Vaccination Hyderabad 1890-1903 - 1890-1903
Year: 1890
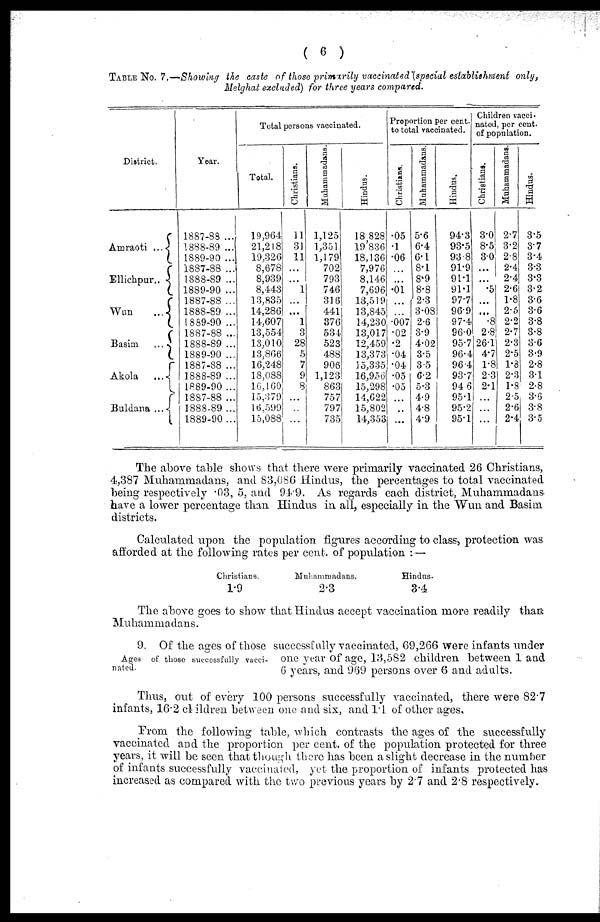
( 6 )
TABLE No. 7.—Showing the caste of those primarily vaccinated (special establishment only,
Melghat excluded) for three years compared.
District.
Amraoti ...
Ellichpur..
Wun ...
Basim
...
Akola ...
Buldana ...
Year.
1887-88 ...
1888-89 ...
1889-90 ...
1887-88 ...
1888-89 ...
1889-90 ...
1887-88 ...
1888-89 ...
1889-90 ...
1887-88 ...
1888-89 ...
1889-90 ...
1887-88 ...
1888-89 ...
1889-90 ...
1887-88 ...
1888-89 ...
1889-90...
Total persons vaccinated.
Total.
19,964
21,218
19,326
8,678
8,939
8,443
13,835
14,286
14,607
13,554
13,010
13,866
16,248
18,088
16,169
15,379
16,599
15,088
Christians.
11
31
11
...
...
1
...
...
1
3
28
5
7
9
8
...
...
...
Muhammadans.
1,125
1,351
1,179
702
793
746
316
441
376
534
523
488
906
1,123
863
757
797
735
Hindus.
18,828
19,836
18,136
7,976
8,146
7,696
13,519
13,845
14,230
13,017
12,459
13,373
15,835,
16,956
15,298
14,622
15,802
14,353
Proportion per cent.
to total vaccinated.
Christians.
.05
.1
.06
...
...
.01
...
...
.007
.02
.2
.04
.04
.05
.05
. . .
...
...
Muhammadans.
5.6
6.4
6.1
8.1
8.9
8.8
2.3
3.08
2.6
3.9
4.02
3.5
3.5
6.2
5.3
4.9
4.8
4.9
Hindus.
94.3
93.5
93.8
91.9
91.1
91.1
97.7
96.9
97.4
96.0
95.7
96.4
96.4
93.7
94.6
95.1
95.2
95.1
Children vacci¬
nated, per cent.
of population.
Christians.
3.0
8.5
3.0
...
...
.5
...
...
.8
2.8
26.1
4.7
1.8
2.3
2.1
...
...
...
Muhammadans.
2.7
3.2
2.8
2.4
2.4
2.6
1.8
2.5
2.2
2.7
2.3
2.5
1.8
2.3
l.8
2.5
2.6
2.4
Hindus.
3.5
3.7
3.4
3.3
3.3
3.2
3.6
3.6
3.8
3.8
3.6
3.9
2.8
3.1
2.8
3.6
3.8
3.5
The above table shows that there were primarily vaccinated 26 Christians,
4,387 Muhammadans, and 83,086 Hindus, the percentages to total vaccinated
being respectively .03, 5, and 94.9. As regards each district, Muhammadans
have a lower percentage than Hindus in all, especially in the Wun and Basim
districts.
Calculated upon the population figures according to class, protection was
afforded at the following rates per cent. of population :—
Christians.
1.9
Mnhammadans.
2.3
Hindus.
3.4
The above goes to show that Hindus accept vaccination more readily than
Muhammadans.
Ages of those successfully vacci-
nated.
9. Of the ages of those successfully vaccinated, 69,266 were infants under
one year of age, 13,582 children between 1 and
6 years, and 969 persons over 6 and adults.
Thus, out of every 100 persons successfully vaccinated, there were 82.7
infants, 16.2 children between one and six, and 1.1 of other ages.
From the following table, which contrasts the ages of the successfully
vaccinated and the proportion per cent. of the population protected for three
years, it will be seen that though there has been a slight decrease in the number
of infants successfully vaccinated, yet the proportion of infants protected has
increased as compared with the two previous years by 2.7 and 2.8 respectively.